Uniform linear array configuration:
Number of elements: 4
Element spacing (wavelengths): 0.75
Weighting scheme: binomial
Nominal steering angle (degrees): -30
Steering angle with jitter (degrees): -30.383
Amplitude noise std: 0.05
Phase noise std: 0.05

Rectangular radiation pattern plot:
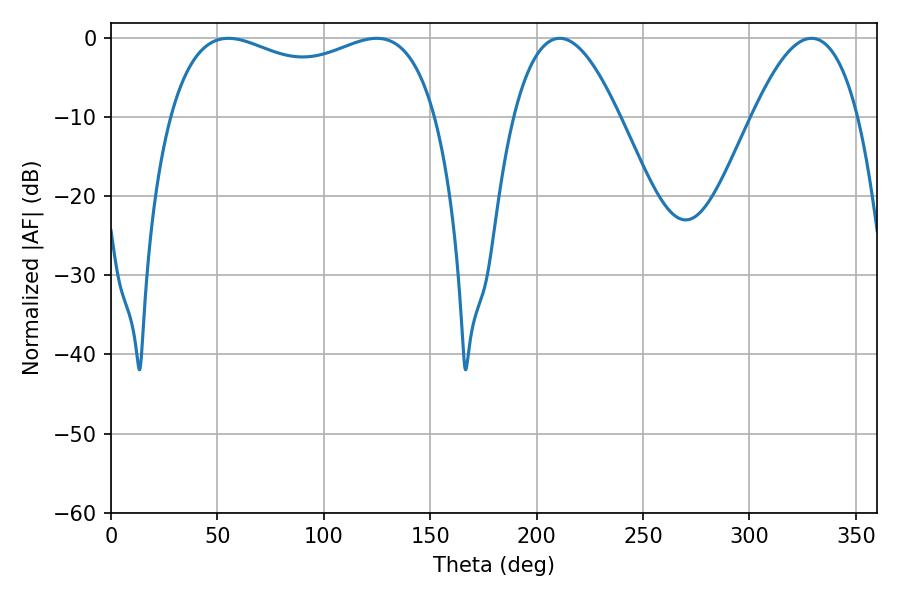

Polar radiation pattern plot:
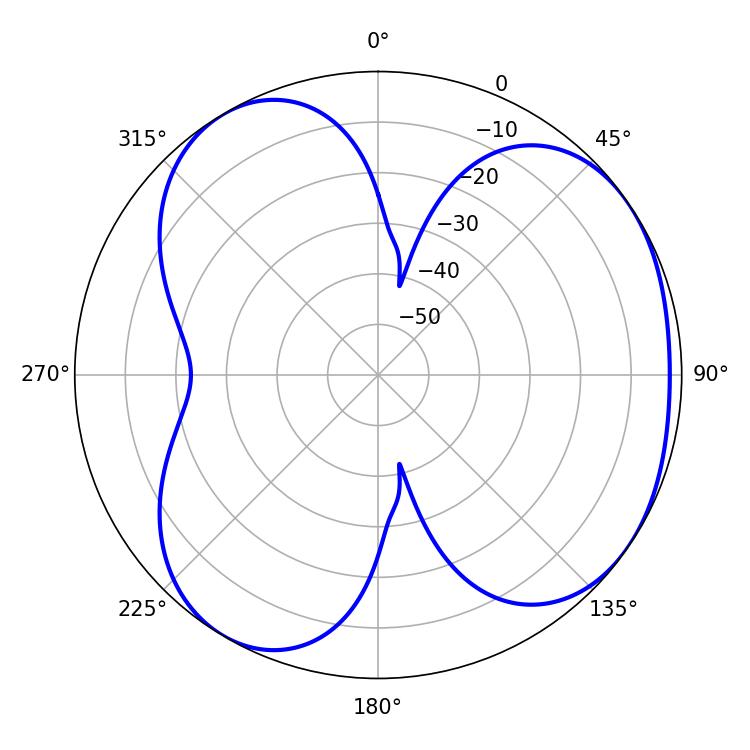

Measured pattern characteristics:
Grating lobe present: TRUE
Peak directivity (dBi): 4.357
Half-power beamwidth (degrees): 103.32
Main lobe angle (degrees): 55.08